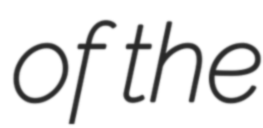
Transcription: of the